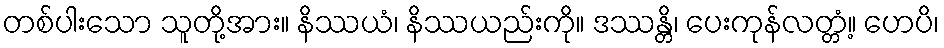
တစ်ပါးသော သူတို့အား။ နိဿယံ၊ နိဿယည်းကို။ ဒဿန္တိ၊ ပေးကုန်လတ္တံ့။ ဟေပိ၊